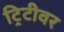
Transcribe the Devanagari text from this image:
ट्रिटीवर